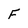
Character: F